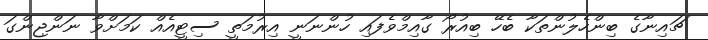
ޗައިނާގެ ބިންހެލުންތަކާ ބެހޭ ބިއުރޯ ގާއިމްވެފައި ހުންނަނީ އިރުމަތީ ސިޓީއެއް ކަމަށްވާ ނަންޖިންގަ